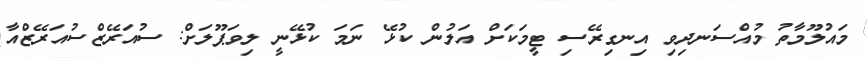
މައުލޫމާތު މުއްސަނދިވި އިނގިރޭސި ޓީމަކަށް އަލުން ކުޅޭ ނަމަ ކުޅޭނީ ލިވަޕޫލަށް: ސުއަރޭޒްސުއަރޭޒްއާ